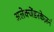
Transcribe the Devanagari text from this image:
अलेक्जेंडरकेज़र्न